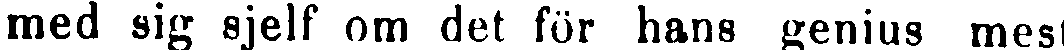
med sig sjelf om det för hans genius mest